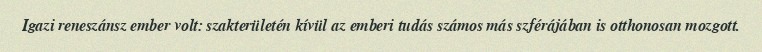
Igazi reneszánsz ember volt: szakterületén kívül az emberi tudás számos más szférájában is otthonosan mozgott.